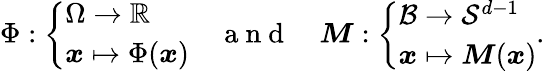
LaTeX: \Phi:\left\{ \begin{array}{l}{{\Omega}\rightarrow\mathbb{R}}\\ {{\boldsymbol{x}}\mapsto\Phi({\boldsymbol{x}})}\end{array}\right.\quad\mathrm{~a~n~d~}\quad{\boldsymbol{M}}:\left\{ \begin{array}{l}{{\mathcal{B}}\rightarrow{\mathcal{S}}^{d-1}}\\ {{\boldsymbol{x}}\mapsto{\boldsymbol{M}}({\boldsymbol{x}})}\end{array}\right..